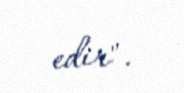
edir".